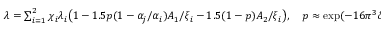
\begin{array} { r } { \lambda = \sum _ { i = 1 } ^ { 2 } \chi _ { i } \lambda _ { i } \big ( 1 - 1 . 5 p ( 1 - \alpha _ { j } / \alpha _ { i } ) A _ { 1 } / \xi _ { i } - 1 . 5 ( 1 - p ) A _ { 2 } / \xi _ { i } \big ) , \quad p \approx \exp ( - 1 6 \pi ^ { 3 } \delta ^ { 2 } / \omega ^ { 2 } ) , } \end{array}